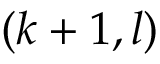
( k + 1 , l )